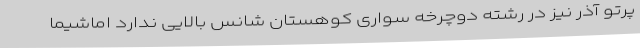
پرتو آذر نیز در رشته دوچرخه سواری کوهستان شانس بالایی ندارد اماشیما